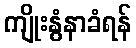
ကျိုးနွံနာခံရန်